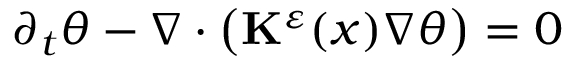
\begin{array} { r } { \partial _ { t } \theta - \nabla \cdot \bigl ( \mathbf { K } ^ { \varepsilon } ( x ) \nabla \theta \bigr ) = 0 } \end{array}